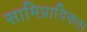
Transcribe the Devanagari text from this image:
सामिप्रायिकता